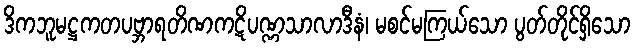
ဒိကဘူမဋ္ဌကတပဗ္ဘာရတိဏကဋိပဏ္ဏသာလာဒီနံ၊ မစင်မကြယ်သော ပွတ်တိုင်ရှိသော